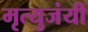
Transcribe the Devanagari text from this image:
मृत्युजंयी